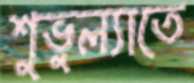
শুভুল্যাতে